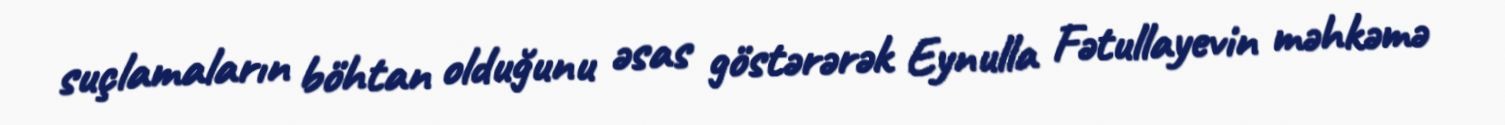
suçlamaların böhtan olduğunu əsas göstərərək Eynulla Fətullayevin məhkəmə